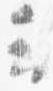
云